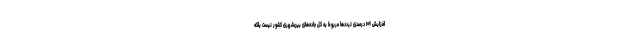
افزایش ۱۰۶ درصدی ترددها مربوط به کل جاده‌های بین‌شهری کشور نیست بلکه